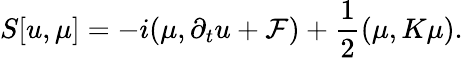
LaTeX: S[{u},{\mu}]=-i({\mu},\partial_{t}{u}+{\cal F})+\frac{1}{2}({\mu},K{\mu}).